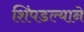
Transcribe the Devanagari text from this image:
शिंपडल्याने